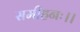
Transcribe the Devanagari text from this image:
समीहनः।।